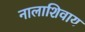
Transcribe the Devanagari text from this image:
नालाशिवाय